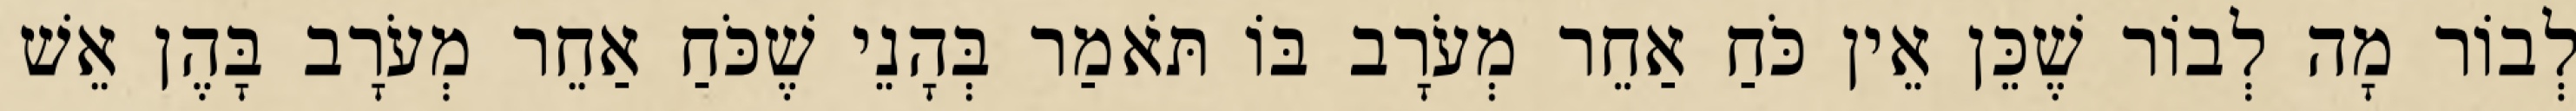
לְבוֹר מָה לְבוֹר שֶׁכֵּן אֵין כֹּחַ אַחֵר מְעֹרָב בּוֹ תֹּאמַר בְּהָנֵי שֶׁכֹּחַ אַחֵר מְעֹרָב בָּהֶן אֵשׁ